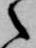
之